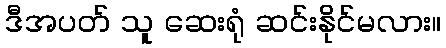
ဒီအပတ် သူ ဆေးရုံ ဆင်းနိုင်မလား။